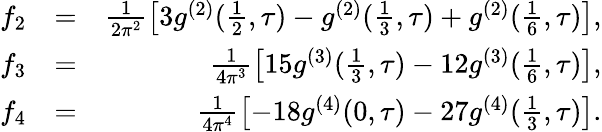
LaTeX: \begin{array}{rlr}{f_{2}}&{=}&{\frac{1}{2\pi^{2}}\left[3g^{(2)}(\frac{1}{2},\tau)-g^{(2)}(\frac{1}{3},\tau)+g^{(2)}(\frac{1}{6},\tau)\right],}\\ {f_{3}}&{=}&{\frac{1}{4\pi^{3}}\left[15g^{(3)}(\frac{1}{3},\tau)-12g^{(3)}(\frac{1}{6},\tau)\right],}\\ {f_{4}}&{=}&{\frac{1}{4\pi^{4}}\left[-18g^{(4)}(0,\tau)-27g^{(4)}(\frac{1}{3},\tau)\right].}\end{array}